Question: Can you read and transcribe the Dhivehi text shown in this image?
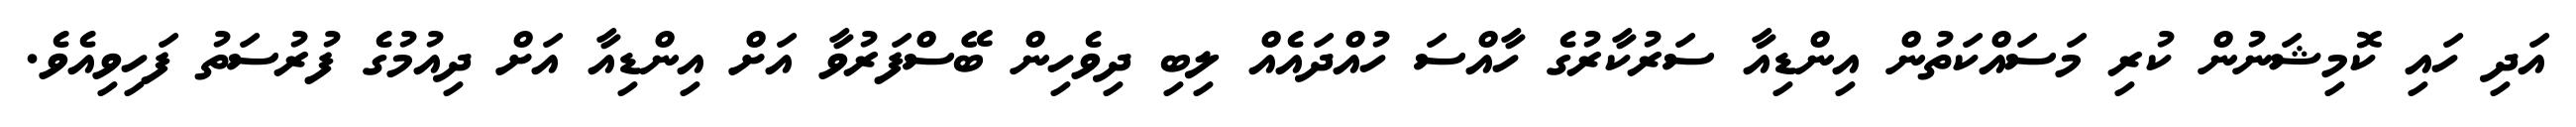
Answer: އަދި ހައި ކޮމިޝަނުން ކުރި މަސައްކަތުން އިންޑިއާ ސަރުކާރުގެ ހާއްސަ ހުއްދައެއް ލިބި ދިވެހިން ބޭސްފަރުވާ އަށް އިންޑިއާ އަށް ދިއުމުގެ ފުރުސަތު ފަހިވިއެވެ.